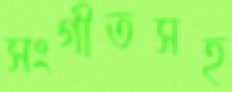
সংগীতসহ